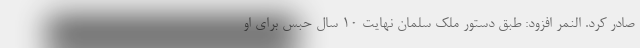
صادر کرد. النمر افزود: طبق دستور ملک سلمان نهایت ۱۰ سال حبس برای او